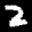
Label: 2